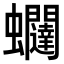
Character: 𧖆